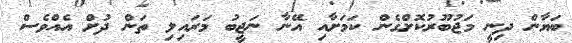
ބަޔާން ދިނީ މަޖުބޫރުކޮށްގެން ކަމަށާއި އޭނާ ނަޖީބު މަރައިލި ތަން ދުށް އެއްވެސް